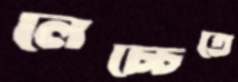
লেচ্চেতে